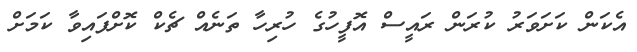
އެކަން ކަށަވަރު ކުރަން ރައީސް އޮފީހުގެ ހުރިހާ ތަނެއް ޗެކް ކޮށްފައިވާ ކަމަށް